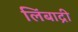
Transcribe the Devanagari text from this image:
लिंबाद्री